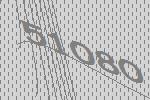
51080